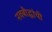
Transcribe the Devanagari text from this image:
नवबौद्धांची